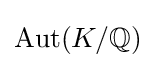
\operatorname {Aut} (K/\mathbb {Q} )